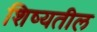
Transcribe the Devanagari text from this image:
शिष्यतील